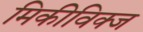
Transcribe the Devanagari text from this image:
मिकीविक्ज